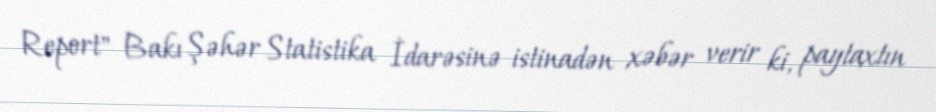
Report" Bakı Şəhər Statistika İdarəsinə istinadən xəbər verir ki, paytaxtın